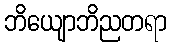
ဘိယျောဘိညတရာ